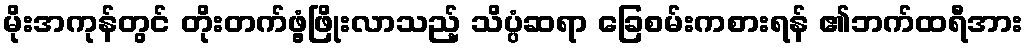
မိုးအကုန်တွင် တိုးတက်ဖွံ့ဖြိုးလာသည့် သိပ္ပံဆရာ ခြေစမ်းကစားရန် ၏ဘက်ထရီအား